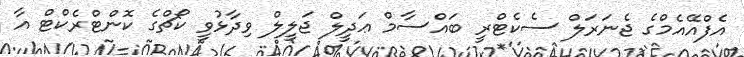
އެފްއޭއެމްގެ ޖެނަރަލް ސެކެޓްރީ ބައްސާމް ޢަދީލް ޖަލީލް ވިދާޅުވީ ކޯޗްގެ ކޮންޓްރެކްޓް އާ